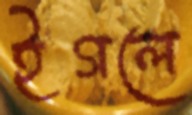
ইগলে